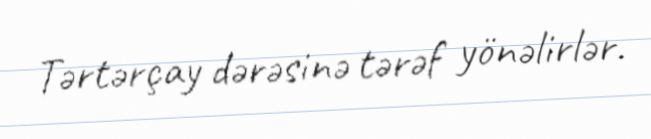
Tərtərçay dərəsinə tərəf yönəlirlər.